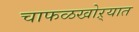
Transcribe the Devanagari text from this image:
चाफळखोऱ्यात